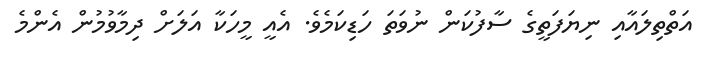
އަތްތިލައާއި ނިޔަފަތީގެ ސާފުކަން ނުވަތަ ހަޑިކަމެވެ. އެއީ މީހަކާ އަލަށް ދިމާވުމުން އެންމެ